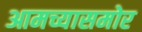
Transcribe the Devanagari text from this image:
आमच्यासमोर